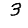
Digit: 3